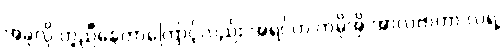
အခုလို တူညီနေတာကြောင့်လည်း အရင်က ကမိုအို အာလဗာဟာ လရဲ့